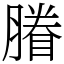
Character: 膡